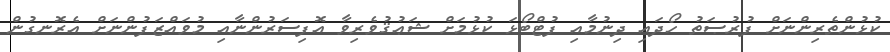
ކުޅުންތެރިންނަށް ފުރުޞަތު ހޯދައި ދިނުމާއި ފުޓްބޯޅަ ކުޅުމަށް ޝަޢުޤުވެރިވާ އޮފިސަރުންނާއި މުވައްޒަފުންނަށް އެރޮނގުން